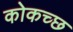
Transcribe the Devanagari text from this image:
कोकच्छ